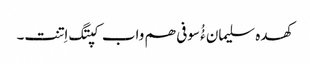
کھدہ سلیمان ءُُ سوفی ھم واب کپتگ اِتنت۔